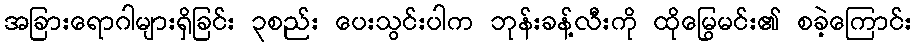
အခြားရောဂါများရှိခြင်း ၃စည်း ပေးသွင်းပါက ဘုန်းခန့်လီးကို ထိုမြွေမင်း၏ စခဲ့ကြောင်း